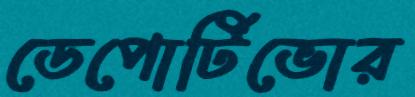
ডেপোর্টিভোর